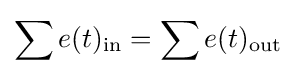
\sum e(t)_{\text{in}}=\sum e(t)_{\text{out}}